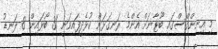
މި އިނިންގްސްގައި ބޫޓާނަށް އެންމެ ރަނގަޅަށް ކުޅެދީފައިވަނީ 31 ބޯޅައިން 8 ލަނޑު